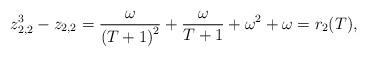
LaTeX: \begin{align*}z^{3}_{2,2}-z_{2,2}= \frac{\omega}{\left(T+1\right)^{2}}+\frac{\omega}{T+1}+ \omega^{2}+\omega=r_{2}(T),\end{align*}